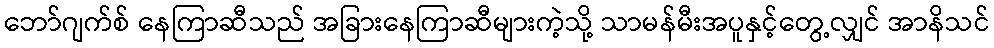
ဘော်ဂျက်စ် နေကြာဆီသည် အခြားနေကြာဆီများကဲ့သို့ သာမန်မီးအပူနှင့်တွေ့လျှင် အာနိသင်